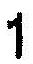
1